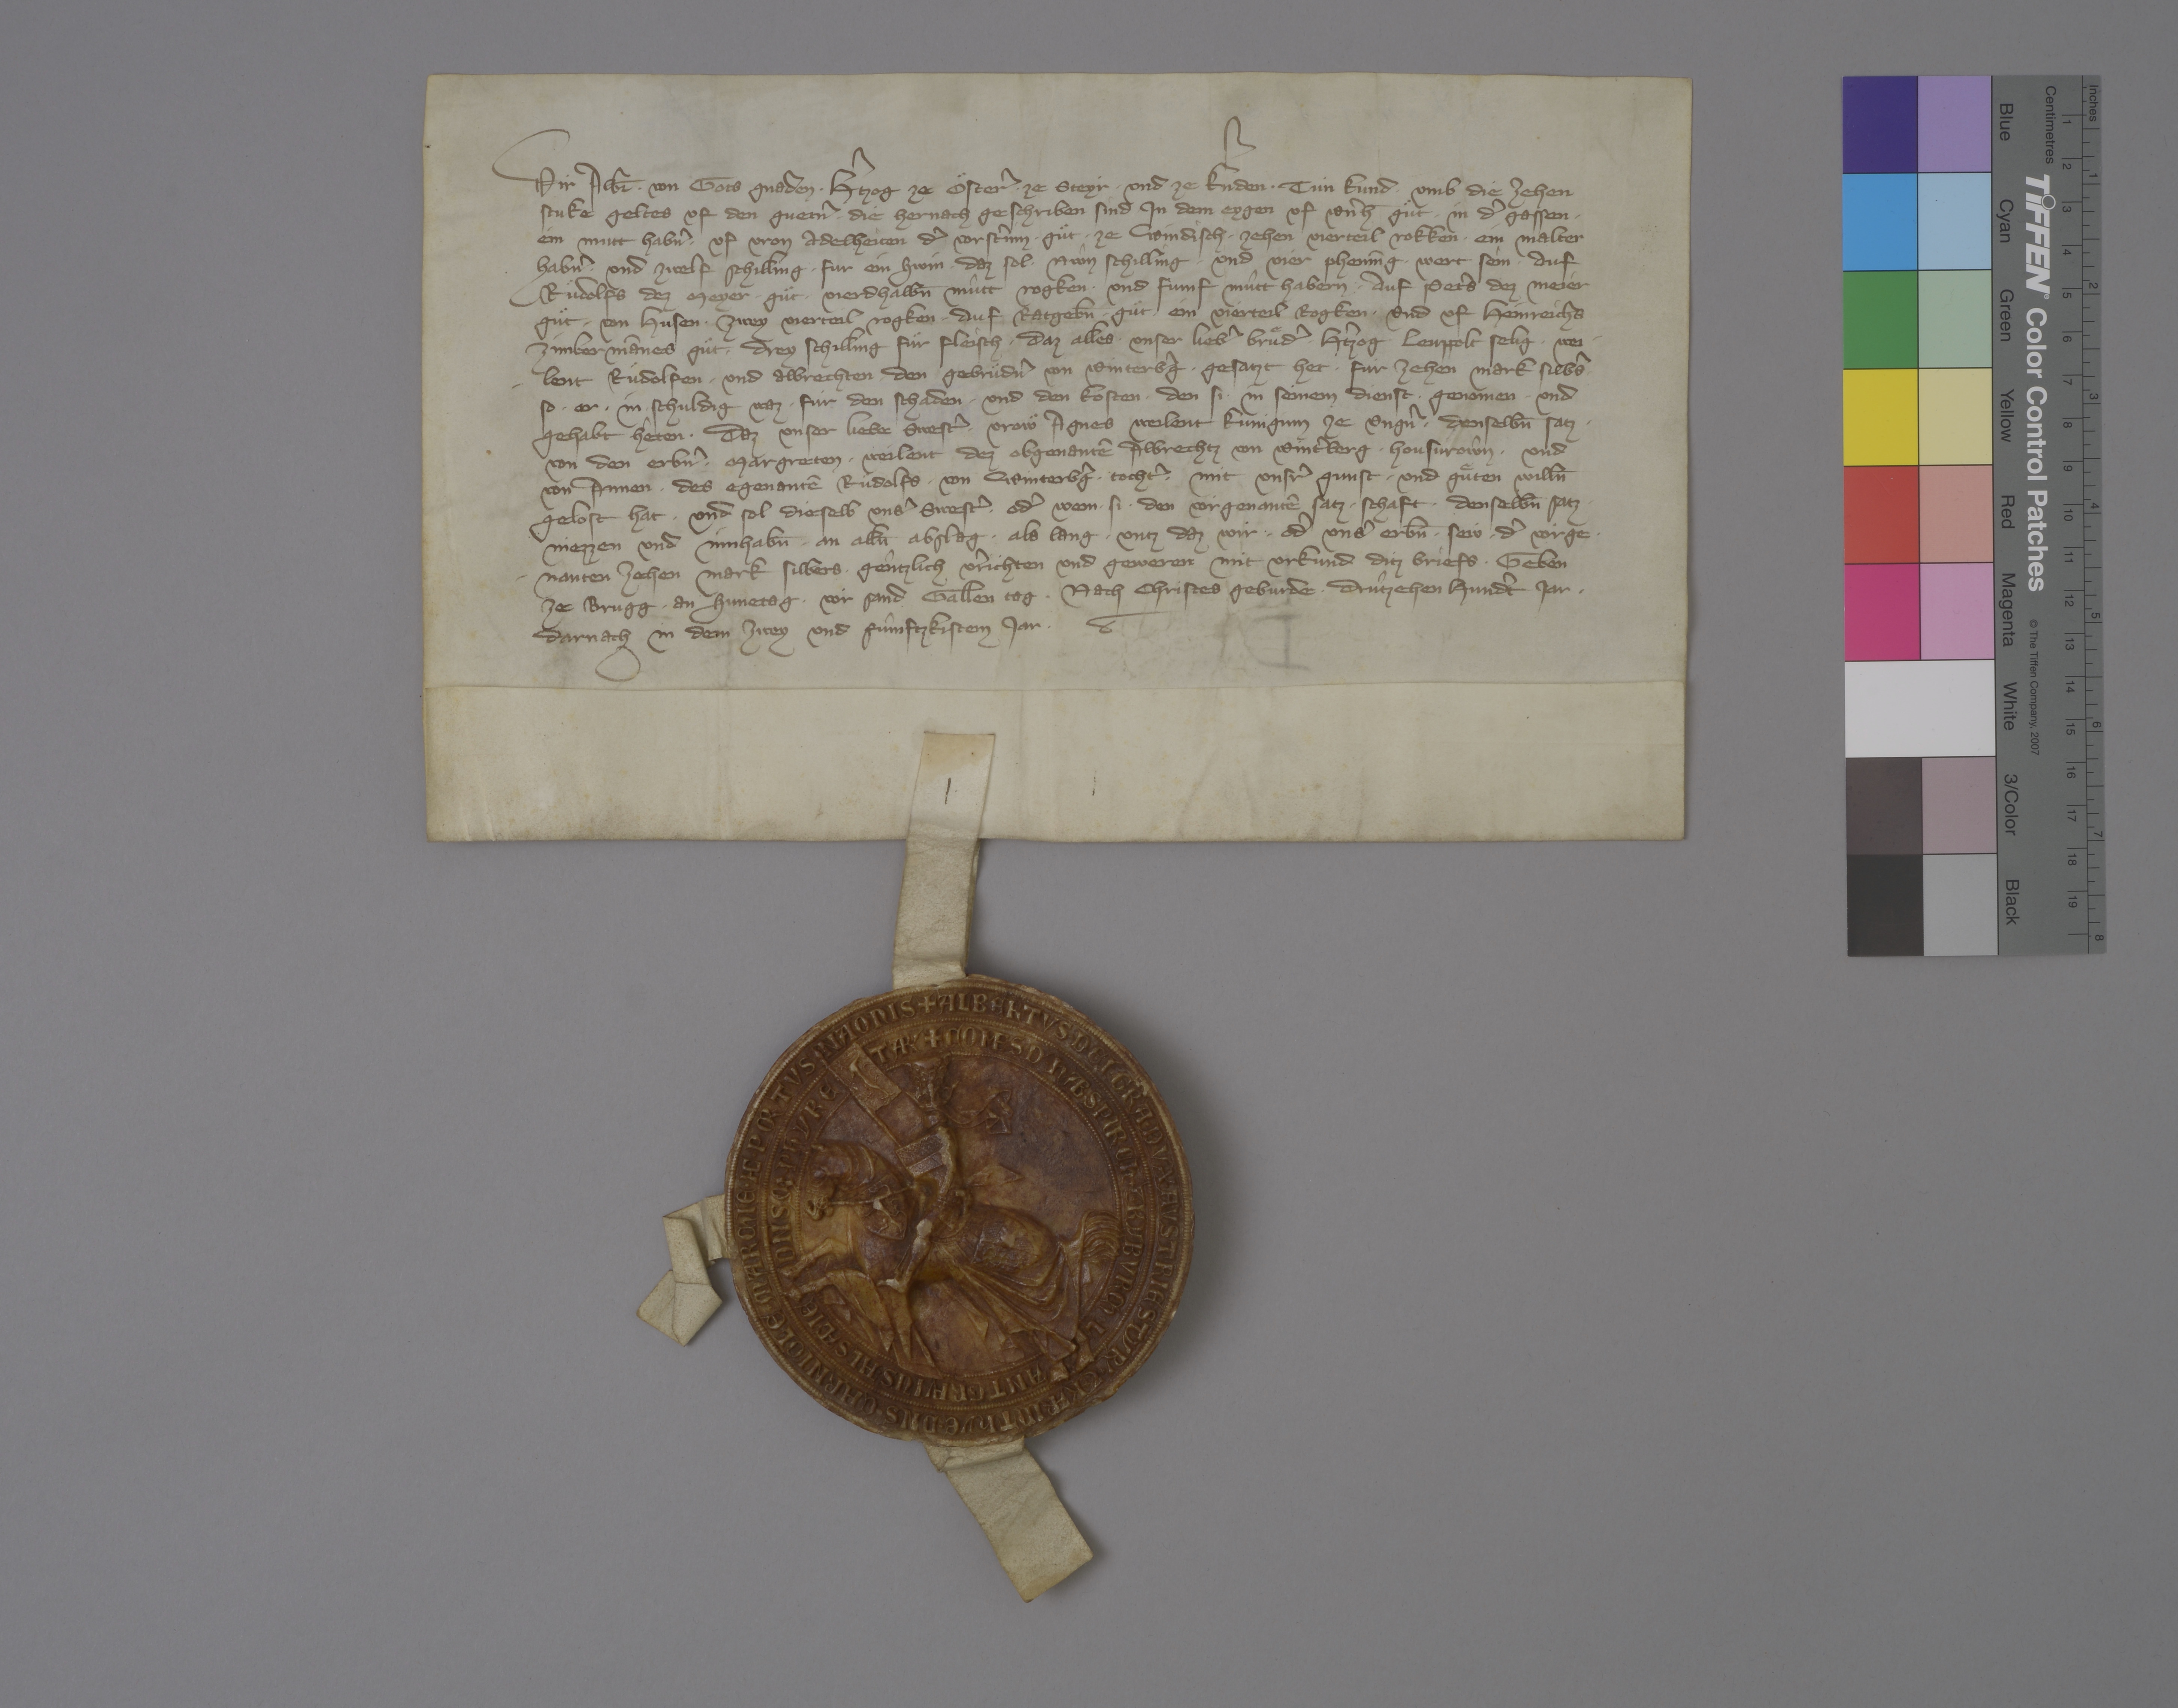
Transcription:
Wir, Alb̄r, ✳ von gots gnaden ✳ hˀtzog ze Oͤsterˀ, ✳ ze Steyr ✳ und ze Kˀnden, ✳ tun kund ✳ umb die zehen
stuke geltes uf den guetnˀ, ✳ die hernach geschriben sind: ✳ in dem Eygen uf Wˀnh̄ guͤt ✳ in dˀ Gassen ✳
ein mutt habnˀ; ✳ uf vron Adelheiten dˀ Vorstˀinn ✳ guͤt ✳ ze Windisch ✳ zehen vierteil rokken, ✳ ein malter
habnˀ ✳ und zwelf schilling ✳ fur ein swin, ✳ daz sol ✳ nŵn schilling ✳ und vier phennīg ✳ wert sein; ✳ auf
Ruͤdolfs dez Meyer ✳ guͤt ✳ vierdhalbn̄ mûtt rogken ✳ und fùmf mûtt habern; ✳ auf Petˀs dez Meier
guͤt ✳ von Husen ✳ zwey vierteil rogken; ✳ auf Ratgebn̄ ✳ guͤt ✳ ein vierteil rogken; ✳ und uf Heinreichs
Zimbermānes ✳ guͤt ✳ drey schilling fuͤr fleisch; ✳ daz alles ✳ unser liebˀ bruͤdˀ, ✳ hˀtzog Leuppolt, selig, ✳ wei¬
lent Ruͤdolfen ✳ und Albrechten, ✳ den gebruͤdnˀ von Winterbˀg, ✳ gesatzt het ✳ fùr zehen mark silbˀs, ✳
so ✳ er ✳ in ✳ schuldig waz ✳ fùr den schaden ✳ und den kosten, ✳ den si ✳ in seinem dienst ✳ genomen ✳ und
gehabt hêten, ✳ daz unser liebe swestˀ, ✳ vroͤw Agnes, weilent kuniginn ze Ungnˀ, ✳ denselbn̄ satz ✳
von den erbnˀ ✳ Margreten, ✳ weilent dez obgenantē Albrechtz von Wintˀberg ✳ housvroŵn, ✳ und
von Annen, ✳ des egenantē Ruͤdolfs ✳ von Winterbˀg ✳ tochtˀ, ✳ mit unsrˀ gunst ✳ und guͤten willn̄
gelost hat. ✳ und sol dieselb unsˀ swestˀ ✳ odˀ wem ✳ si ✳ den vorgenantē satz ✳ schaft ✳ denselbn̄ satz ✳
niezzen und innhabn̄ ✳ an alln̄ abslag, ✳ als lang, ✳ untz daz wir ✳ odˀ unsˀ erbn̄ ✳ sew ✳ dˀ vorge¬
nanten zehen mark silbers ✳ gêntzlich vˀrichten und geweren. mit urkund ditz briefs, ✳ geben
ze Brugg ✳ an sunetag ✳ vor sand Gallen tag, ✳ nach Christes geburde ✳ drûtzehen hundˀt jar, ✳
darnach in dem zwey und fûmftzkistem jar. ✳